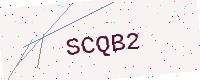
Text: SCQB2